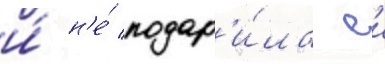
и́ н'е́ подар'и́ла еи